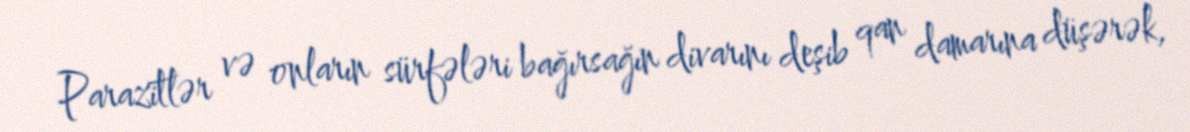
Parazitlər və onların sürfələri bağırsağın divarını deşib qan damarına düşərək,